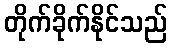
တိုက်ခိုက်နိုင်သည်